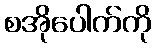
စအိုပေါက်ကို